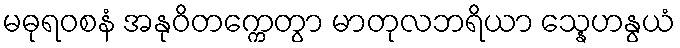
မဓုရဝစနံ အနုဝိတက္ကေတွာ မာတုလဘရိယာ သ္နေဟနွယံ